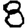
Digit: 8